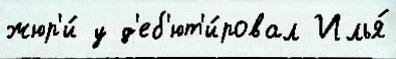
жюр'и́ у д'еб'ют'и́ровал Илья́